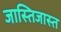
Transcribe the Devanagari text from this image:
जास्तिजास्त